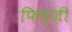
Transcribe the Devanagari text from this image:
फ़िन्ज़ी